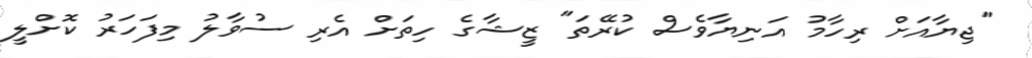
"ޖިޔާއަށް ރިހާމު އަނިޔާވެސް ކުރޭތަ" ޒީޝާގެ ހިތަށް އެރި ސުވާލު މިފަހަރު ކޮށްލީ